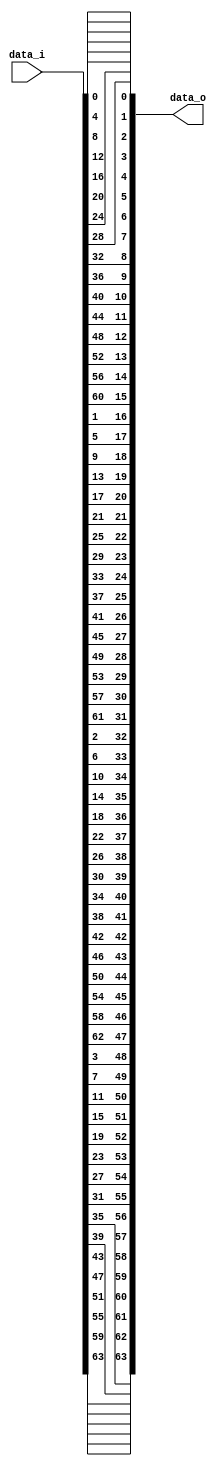
//@@@@@@@@@@@@@@@@@@@@@@@@@@@@@@@@@@@@@@@@@@@@@@@@@@@@@@@@@@@@@@@@//
// Design Name: Permutation Layer for Present Cipher              //
// Module Name: permutation                                       //
// Language:    Verilog                                           //
//         Digital Systems Lab                                    //
//         Ferdowsi University of Mashhad, Iran                   //
//         http://commeng.um.ac.ir/dslab                          //
//@@@@@@@@@@@@@@@@@@@@@@@@@@@@@@@@@@@@@@@@@@@@@@@@@@@@@@@@@@@@@@@@//
//                                                                //
// This source file may be used and distributed without           //
// restriction provided that this copyright statement is not      //
// removed from the file and that any derivative work contains    //
// the original copyright notice and the associated disclaimer.   //
//                                                                //
// This source file is free software; you can redistribute it     //
// and/or modify it under the terms of the GNU Lesser General     //
// Public License as published by the Free Software Foundation;   //
// either version 2.1 of the License, or (at your option) any     //
// later version.                                                 //
//                                                                //
// This source is distributed in the hope that it will be         //
// useful, but WITHOUT ANY WARRANTY; without even the implied     //
// warranty of MERCHANTABILITY or FITNESS FOR A PARTICULAR        //
// PURPOSE. See the GNU Lesser General Public License for more    //
// details.                                                       //
//                                                                //
//@@@@@@@@@@@@@@@@@@@@@@@@@@@@@@@@@@@@@@@@@@@@@@@@@@@@@@@@@@@@@@@@//

module permutation(data_o,data_i);

//- Module IOs ----------------------------------------------------------------

output wire[63:0] data_o;
input  wire[63:0] data_i;

//- Continuous Assigments------------------------------------------------------

assign data_o[0 ] = data_i[0 ];
assign data_o[16] = data_i[1 ];
assign data_o[32] = data_i[2 ];
assign data_o[48] = data_i[3 ];
assign data_o[1 ] = data_i[4 ];
assign data_o[17] = data_i[5 ];
assign data_o[33] = data_i[6 ];
assign data_o[49] = data_i[7 ];
assign data_o[2 ] = data_i[8 ];
assign data_o[18] = data_i[9 ];
assign data_o[34] = data_i[10];
assign data_o[50] = data_i[11];
assign data_o[3 ] = data_i[12];
assign data_o[19] = data_i[13];
assign data_o[35] = data_i[14];
assign data_o[51] = data_i[15];

assign data_o[4 ] = data_i[16];
assign data_o[20] = data_i[17];
assign data_o[36] = data_i[18];
assign data_o[52] = data_i[19];
assign data_o[5 ] = data_i[20];
assign data_o[21] = data_i[21];
assign data_o[37] = data_i[22];
assign data_o[53] = data_i[23];
assign data_o[6 ] = data_i[24];
assign data_o[22] = data_i[25];
assign data_o[38] = data_i[26];
assign data_o[54] = data_i[27];
assign data_o[7 ] = data_i[28];
assign data_o[23] = data_i[29];
assign data_o[39] = data_i[30];
assign data_o[55] = data_i[31];

assign data_o[8 ] = data_i[32];
assign data_o[24] = data_i[33];
assign data_o[40] = data_i[34];
assign data_o[56] = data_i[35];
assign data_o[9 ] = data_i[36];
assign data_o[25] = data_i[37];
assign data_o[41] = data_i[38];
assign data_o[57] = data_i[39];
assign data_o[10] = data_i[40];
assign data_o[26] = data_i[41];
assign data_o[42] = data_i[42];
assign data_o[58] = data_i[43];
assign data_o[11] = data_i[44];
assign data_o[27] = data_i[45];
assign data_o[43] = data_i[46];
assign data_o[59] = data_i[47];

assign data_o[12] = data_i[48];
assign data_o[28] = data_i[49];
assign data_o[44] = data_i[50];
assign data_o[60] = data_i[51];
assign data_o[13] = data_i[52];
assign data_o[29] = data_i[53];
assign data_o[45] = data_i[54];
assign data_o[61] = data_i[55];
assign data_o[14] = data_i[56];
assign data_o[30] = data_i[57];
assign data_o[46] = data_i[58];
assign data_o[62] = data_i[59];
assign data_o[15] = data_i[60];
assign data_o[31] = data_i[61];
assign data_o[47] = data_i[62];
assign data_o[63] = data_i[63];

//-----------------------------------------------------------------------------
endmodule